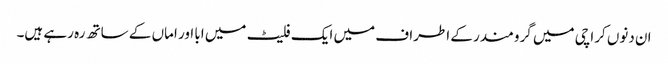
ان دنوں کراچی میں گرومندر کے اطراف میں ایک فلیٹ میں ابا اور اماں کے ساتھ رہ رہے ہیں۔